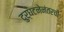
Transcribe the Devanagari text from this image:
दुर्घटनेनंतरची